Leaving Certificate, 1900
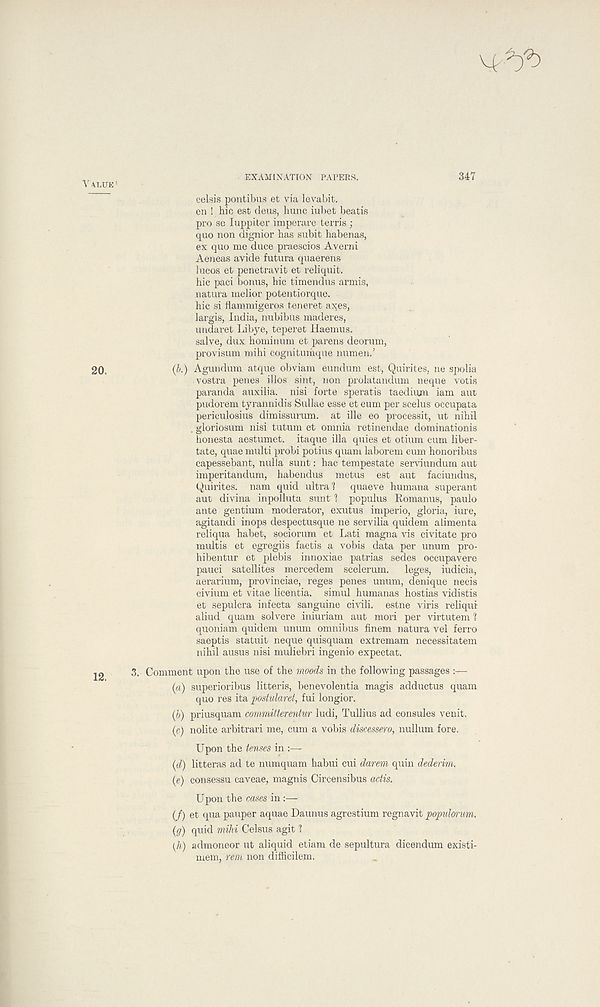
EXAMINATION PAPERS.
347
VALUE 1
12.
celsis pontibus et via levabit.
en ! hie est deus, hunc iubet beatis
pro se luppiber imperare terris ;
quo non dignior has subit habenas,
ex quo me duce praescios Averni
Aeneas avide futura quaerens
lucos et penetravit et reliquit.
hie paci bonus, hie timendus armis,
natura melior potentiorque.
hie si flammigeros teneret axes,
largis, India, nubibus maderes,
undaret Libye, teperet Haemus.
salve, dux hominum et parens deorum,
provisum mihi cognitumque numen.’
(b.) Agundum atque obviam eundum est, Quirites, ne spolia
vostra penes illos sint, non prolatandum neque votis
paranda auxilia. nisi forte speratis taedium iam aut
pudorem tyrannidis Sullae esse et eum per scelus oceupata
periculosius dimissurum. at ille eo processit, ut nihil
. gloriosum nisi tutum et omnia retinendae dominationis
honesta aestumet. itaque ilia quies et otium cum liber-
tate, quae multi probi potius quam laborem cum honoribus
capessebant, nulla sunt: hac tempestate serviundum aut
imperitandum, habendus metus est aut faciundus,
Quirites. nam quid ultra! quaeve humana superant
aut divina inpolluta sunt 1 populus Romanus, paulo
ante gentium moderator, exutus imperio, gloria, iure,
agitandi inops despectusque ne servilia quidem alimenta
reliqua habet, sociorum et Lati magna vis civitate pro
multis et egregiis factis a vobis data per unum pro-
hibentur et plebis innoxiae patrias sedes occupavere
pauci satellites mercedem scelerum.
leges, iudicia,
aerarium, provinciae, reges penes unum, denique necis
civium et vitae licentia. simul humanas hostias vidistis
et sepulcra infecta sanguine civili. estne viris reliqur
aliud quam solvere iniuriam aut mori per virtutem ?
quoniam quidem unum omnibus finem natura vel ferro
saeptis statuit neque quisquam extremam necessitatem
nihil ausus nisi muliebri ingenio expectat.
3. Comment upon the use of the moods in the following passages
(a) superioribus litteris, benevolentia magis adductus quam
quo res ita postularet, fui longior.
(Jj) priusquam committerentur ludi, Tullius ad consules venit.
(c) nolite arbitrari me, cum a vobis discessero, nullum fore.
Upon the tenses in :—
(d) litteras ad te numquam habui cui darem quin dederim.
(e) consessu caveae, magnis Circensibus adis.
Upon the cases in :—
(/) et <I ua pauper aquae Daunus agrestium regnavit populorum.
(g) quid mihi Celsus agit 1
(A) admoneor ut aliquid etiam de sepultura dicendum existi-
mem, rem non difficilem.